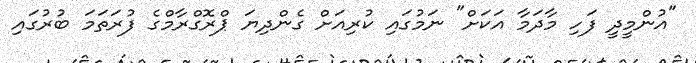
"އުންމީދީ ފަހި މާދަމާ އަކަށް" ނަމުގައި ކުރިއަށް ގެންދިޔަ ޕްރޮގްރާމްގެ ފުރަތަމަ ބުރުގައި